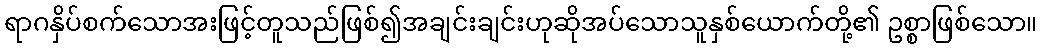
ရာဂနှိပ်စက်သောအးဖြင့်တူသည်ဖြစ်၍အချင်းချင်းဟုဆိုအပ်သောသူနှစ်ယောက်တို့၏ ဥစ္စာဖြစ်သော။